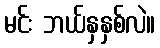
မင်း ဘယ်နှနှစ်လဲ။